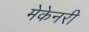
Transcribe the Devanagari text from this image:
मेकेनरी